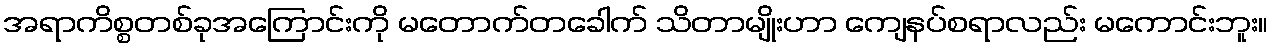
အရာကိစ္စတစ်ခုအကြောင်းကို မတောက်တခေါက် သိတာမျိုးဟာ ကျေနပ်စရာလည်း မကောင်းဘူး။